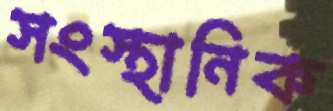
সংস্থানিক